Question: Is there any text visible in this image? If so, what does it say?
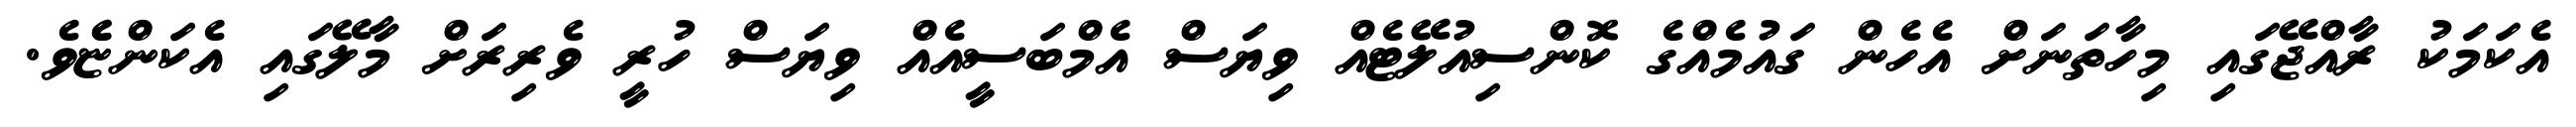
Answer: އެކަމަކު ރާއްޖޭގައި މިހާތަނަށް އެހެން ގައުމެއްގެ ކޮންސިއުލޭޓެއް ވިޔަސް އެމްބަސީއެއް ވިޔަސް ހުރީ ވެރިރަށް މާލޭގައި އެކަންޏެެވެ.